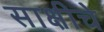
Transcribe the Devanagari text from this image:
साक्षीचे